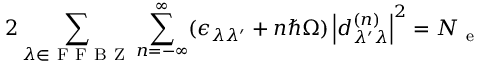
2 \sum _ { \lambda \in \mathrm { ~ F ~ F ~ B ~ Z ~ } } \sum _ { n = - \infty } ^ { \infty } ( \epsilon _ { \lambda \lambda ^ { \prime } } + n \hbar \Omega ) \left| d _ { \lambda ^ { \prime } \lambda } ^ { ( n ) } \right| ^ { 2 } = N _ { \mathrm { ~ e ~ } }